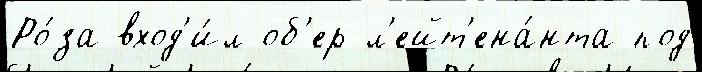
Ро́за вход'и́л об'ер-л'ейт'ена́нта под